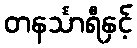
တနင်္သာရီနှင့်